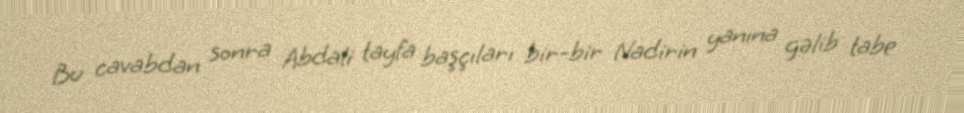
Bu cavabdan sonra Abdali tayfa başçıları bir-bir Nadirin yanına gəlib tabe